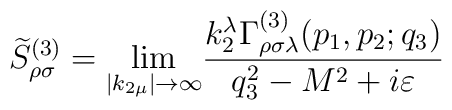
\widetilde{S}_{\rho \sigma }^{(3)}={\lim_{\left| k_{2\mu }\right|\rightarrow \infty }}\frac{k_2^\lambda \Gamma _{\rho \sigma \lambda}^{(3)}(p_1,p_2;q_3)}{q_3^2-M^2+i\varepsilon }